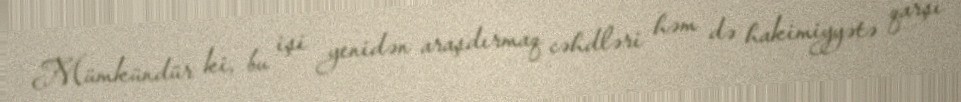
Mümkündür ki, bu işi yenidən araşdırmaq cəhdləri həm də hakimiyyətə qarşı